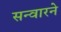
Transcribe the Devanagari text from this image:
सन्वारने